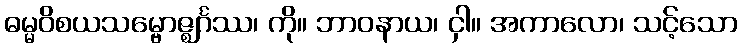
ဓမ္မဝိစယသမ္ဗောဇ္ဈင်္ဂဿ၊ ကို။ ဘာဝနာယ၊ ငှါ။ အကာလော၊ သင့်သော